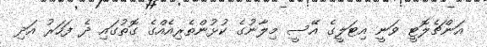
އަންޗެލޮޓީ ވަނީ އިޓަލީގެ އޭސީ މިލާނުގެ ކުޅުންތެރިއެއްގެ ގޮތުގައި ދެ ފަހަރު އަދި